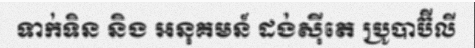
ទាក់ទិន និង អនុគមន៍ ដង់ស៊ីតេ ប្រូបាប៊ីលី